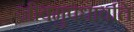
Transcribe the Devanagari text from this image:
जीवमुपधावति